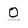
Character: O